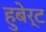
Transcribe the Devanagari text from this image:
हुबेर्ट